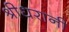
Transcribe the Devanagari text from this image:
श्रीधरानी